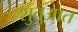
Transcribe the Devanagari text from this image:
शुतुआत